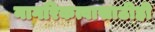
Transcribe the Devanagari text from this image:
नागरिकत्वासाठीही